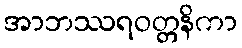
အာဘဿရဝတ္တနိကာ